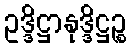
ဥဒ္ဒိဋ္ဌာနုဒ္ဒိဋ္ဌဉ္စ